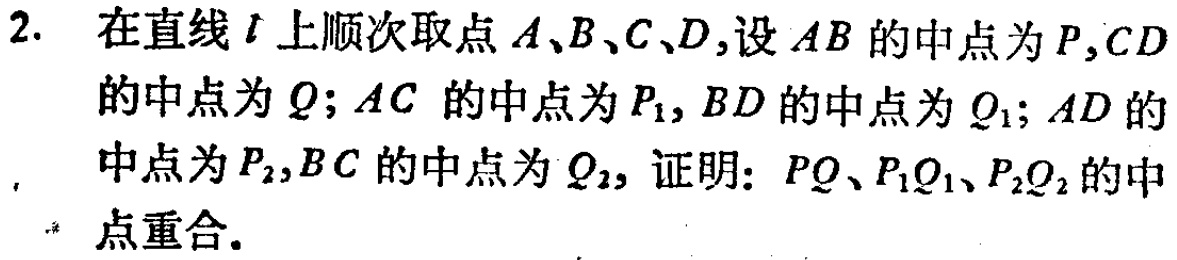
2. 在直线\(l\)上顺次取点\(A、B、C、D\)，设\(AB\)的中点为\(P\)，\(CD\)的中点为\(Q\)；\(AC\)的中点为\(P_1\)，\(BD\)的中点为\(Q_1\)；\(AD\)的中点为\(P_2\)，\(BC\)的中点为\(Q_2\)，证明：\(PQ、P_1Q_1、P_2Q_2\)的中点重合。